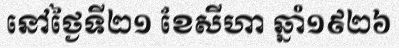
នៅថ្ងៃទី២១ ខែសីហា ឆ្នាំ១៩២៦